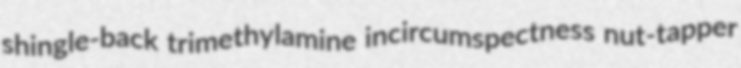
shingle-back trimethylamine incircumspectness nut-tapper